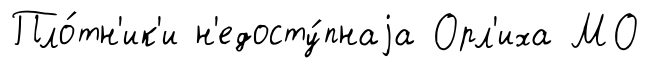
Пло́тн'ик'и н'едосту́пнаjа Орл'иха МО